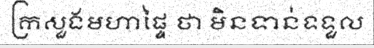
ក្រសួងមហាផ្ទៃ ថា មិនទាន់ទទួល